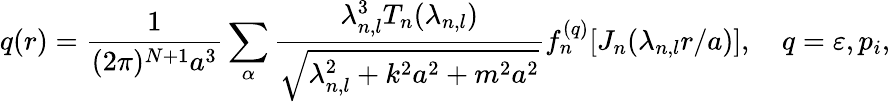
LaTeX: q(r)=\frac{1}{(2\pi)^{N+1}a^{3}}\sum_{{\mathbf\alpha}}\frac{\lambda_{n,l}^{3}T_{n}(\lambda_{n,l})}{\sqrt{\lambda_{n,l}^{2}+k^{2}a^{2}+m^{2}a^{2}}}f_{n}^{(q)}[J_{n}(\lambda_{n,l}r/a)],\quad q=\varepsilon,p_{i},